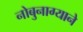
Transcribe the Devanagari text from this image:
नोबुनाग्याने